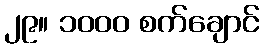
၂၉။ ၁၀၀၀ စက်ချောင်